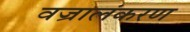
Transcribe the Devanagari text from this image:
वज्रालंकरण